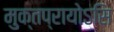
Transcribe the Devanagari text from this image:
मुक्तप्रायोऽसि